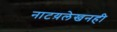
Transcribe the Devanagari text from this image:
नाटय़लेखनही